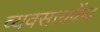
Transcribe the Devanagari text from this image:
व्यवसायकेंद्र